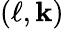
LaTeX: (\ell,\mathbf{k})